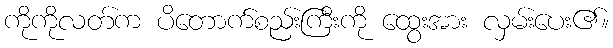
ကိုကိုလတ်က ပိတောက်စည်းကြီးကို ထွေးအား လှမ်းပေး၏။